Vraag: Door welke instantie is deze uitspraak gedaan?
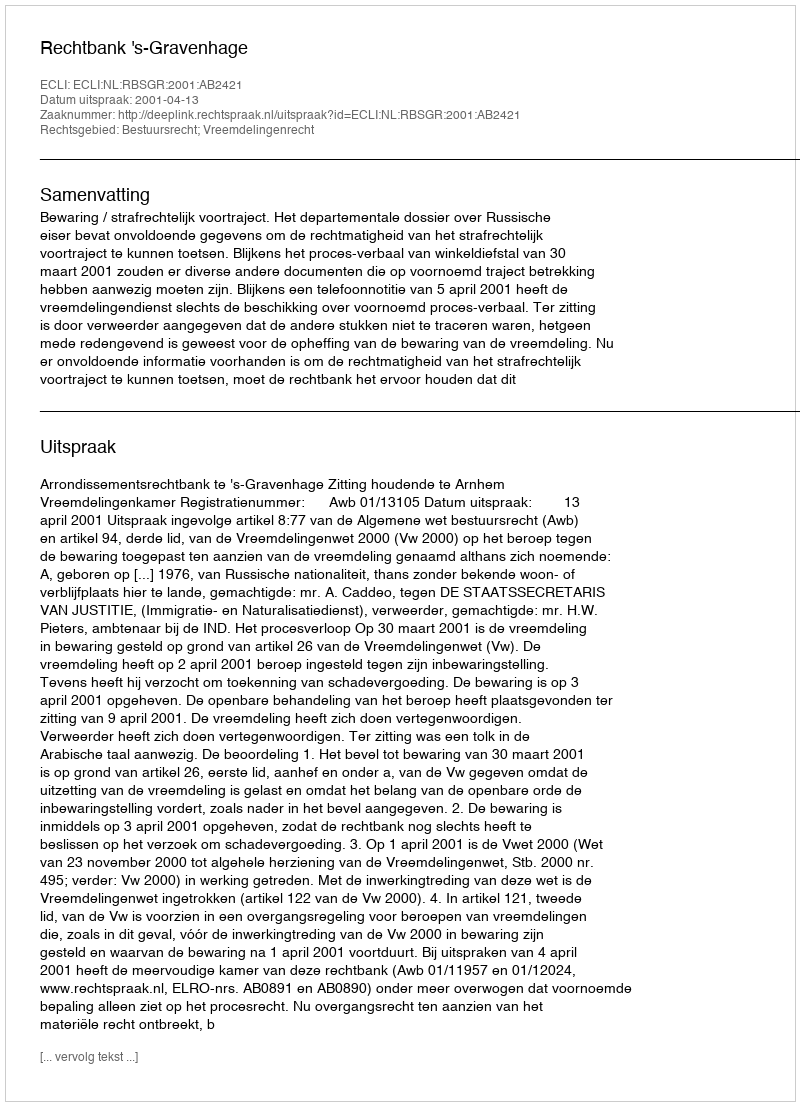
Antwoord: Rechtbank 's-Gravenhage